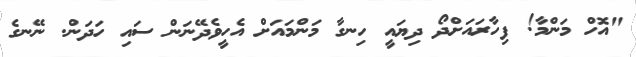
"އޮހް މަންމާ! ފިހާރައަށްދޯ ދިޔައީ ހިނގާ މަންމައަށް އެހީވެދޭނަން ސައި ހަދަން. ނޭނގެ